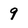
Character: 9